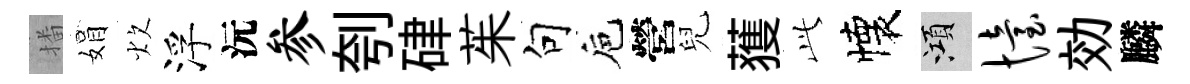
播娟炊浮沅参刳硉茱句巵營兒𫉬𬼘懐澒怡効麟